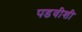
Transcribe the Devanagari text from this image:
पडवीशी